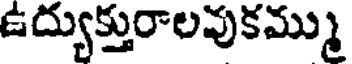
ఉద్యుక్తురాలవుకమ్ము